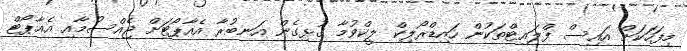
މިފަހަކަށް އައިސް ފްލައިޓްތަކުން ހައިޑްރޯލިކް ލީކްވުމާ ގުޅިގެން އަނބުރާ އެއާޕޯޓަށް ޖެއްސުމާއި އެއާޕޯޓް